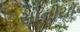
સોનીયો